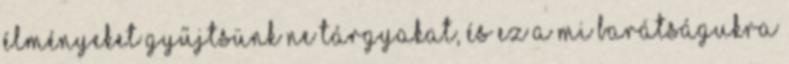
élményeket gyűjtsünk ne tárgyakat, és ez a mi barátságukra